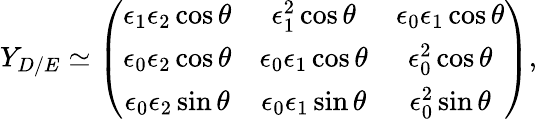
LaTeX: Y_{D/E}\simeq\left(\begin{array}{ccc}{{\epsilon_{1}\epsilon_{2}\cos\theta}}&{{\epsilon_{1}^{2}\cos\theta}}&{{\epsilon_{0}\epsilon_{1}\cos\theta}}\\ {{\epsilon_{0}\epsilon_{2}\cos\theta}}&{{\epsilon_{0}\epsilon_{1}\cos\theta}}&{{\epsilon_{0}^{2}\cos\theta}}\\ {{\epsilon_{0}\epsilon_{2}\sin\theta}}&{{\epsilon_{0}\epsilon_{1}\sin\theta}}&{{\epsilon_{0}^{2}\sin\theta}}\end{array}\right),